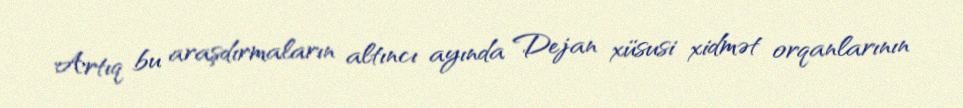
Artıq bu araşdırmaların altıncı ayında Dejan xüsusi xidmət orqanlarının